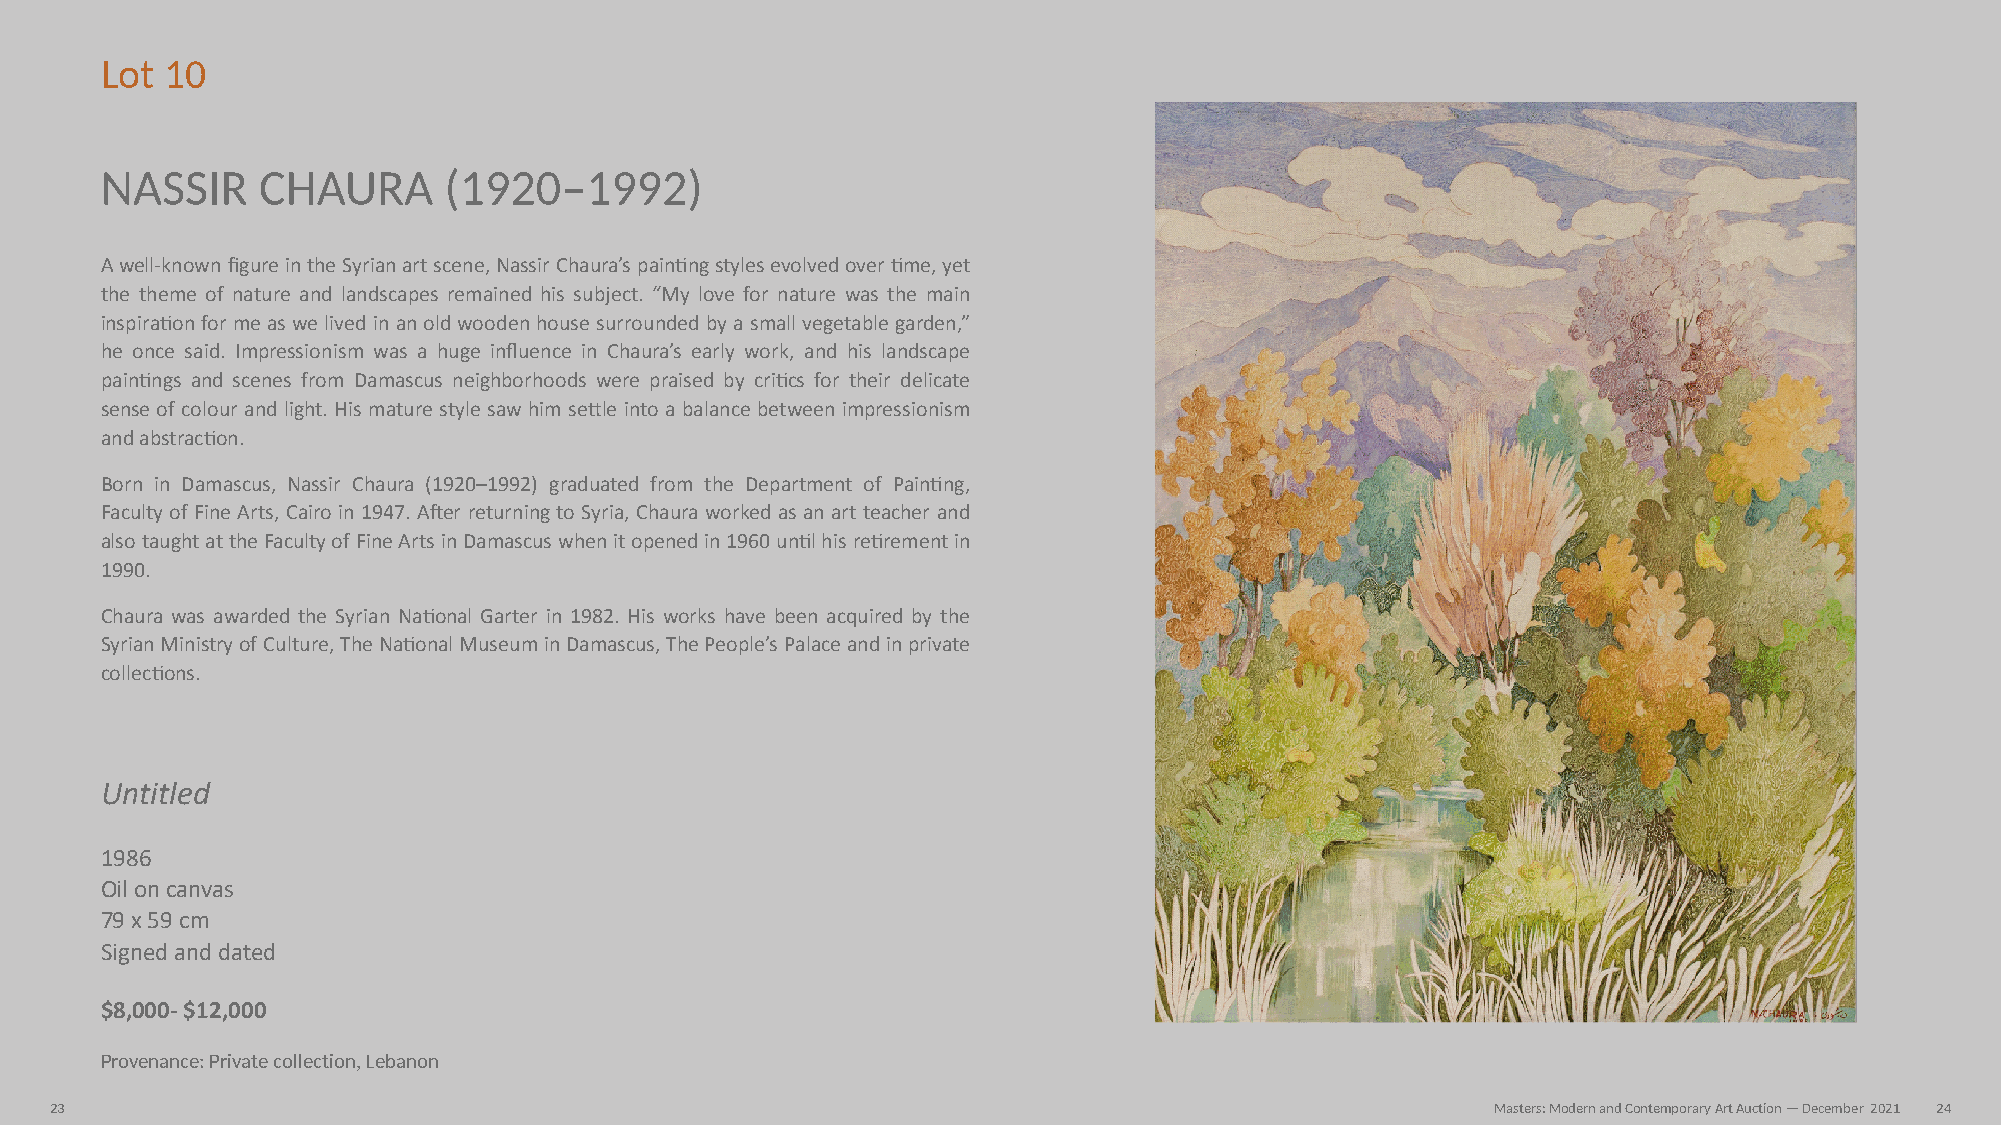
Lot 10
 NASSIR    CHAURA      (1920–1992)
 A well-known figure in the Syrian art scene, Nassir Chaura’s painNng styles evolved over Nme, yet
 the theme of nature and landscapes remained his subject. “My love for nature was the main
 inspiraNon for me as we lived in an old wooden house surrounded by a small vegetable garden,”
 he once said. Impressionism was a huge influence in Chaura’s early work, and his landscape
 painNngs and scenes from Damascus neighborhoods were praised by criNcs for their delicate
 sense of colour and light. His mature style saw him seZle into a balance between impressionism
 and abstracNon.
 Born in Damascus, Nassir Chaura (1920–1992) graduated from the Department of PainNng,
 Faculty of Fine Arts, Cairo in 1947. AVer returning to Syria, Chaura worked as an art teacher and
 also taught at the Faculty of Fine Arts in Damascus when it opened in 1960 unNl his reNrement in
 1990.
 Chaura was awarded the Syrian NaNonal Garter in 1982. His works have been acquired by the
 Syrian Ministry of Culture, The NaNonal Museum in Damascus, The People’s Palace and in private
 collecNons.
 Untitled
 1986
 Oil on canvas
 79 x 59 cm
 Signed and dated
 $8,000- $12,000
 Provenance: Private collection, Lebanon
 23                                                                                              Masters: Modern and Contemporary Art Auction — December 2021 24